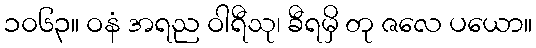
၁၀၆၃။ ဝနံ အရည ဝါရီသု၊ ခီရမှိ တု ဇလေ ပယော။